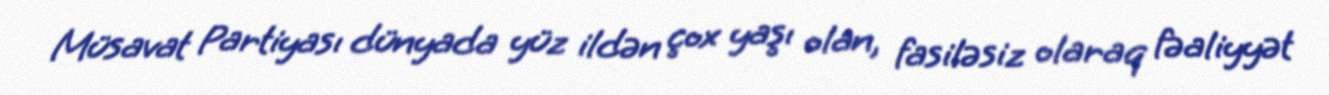
Müsavat Partiyası dünyada yüz ildən çox yaşı olan, fasiləsiz olaraq fəaliyyət